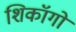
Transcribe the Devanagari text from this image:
शिकॉगो